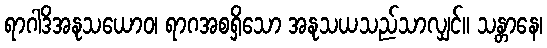
ရာဂါဒိအနုသယောဝ၊ ရာဂအစရှိသော အနုသယသည်သာလျှင်။ သန္တာနေ၊